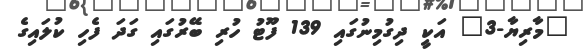
"މާރިޔާ-3" އަކީ ދިގުމިނުގައި 139 ފޫޓު ހުރި ބޭރުގައި ގަދަ ފެހި ކުލައިގެ